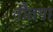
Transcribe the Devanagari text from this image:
नौतपा